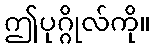
ဤပုဂ္ဂိုလ်ကို။